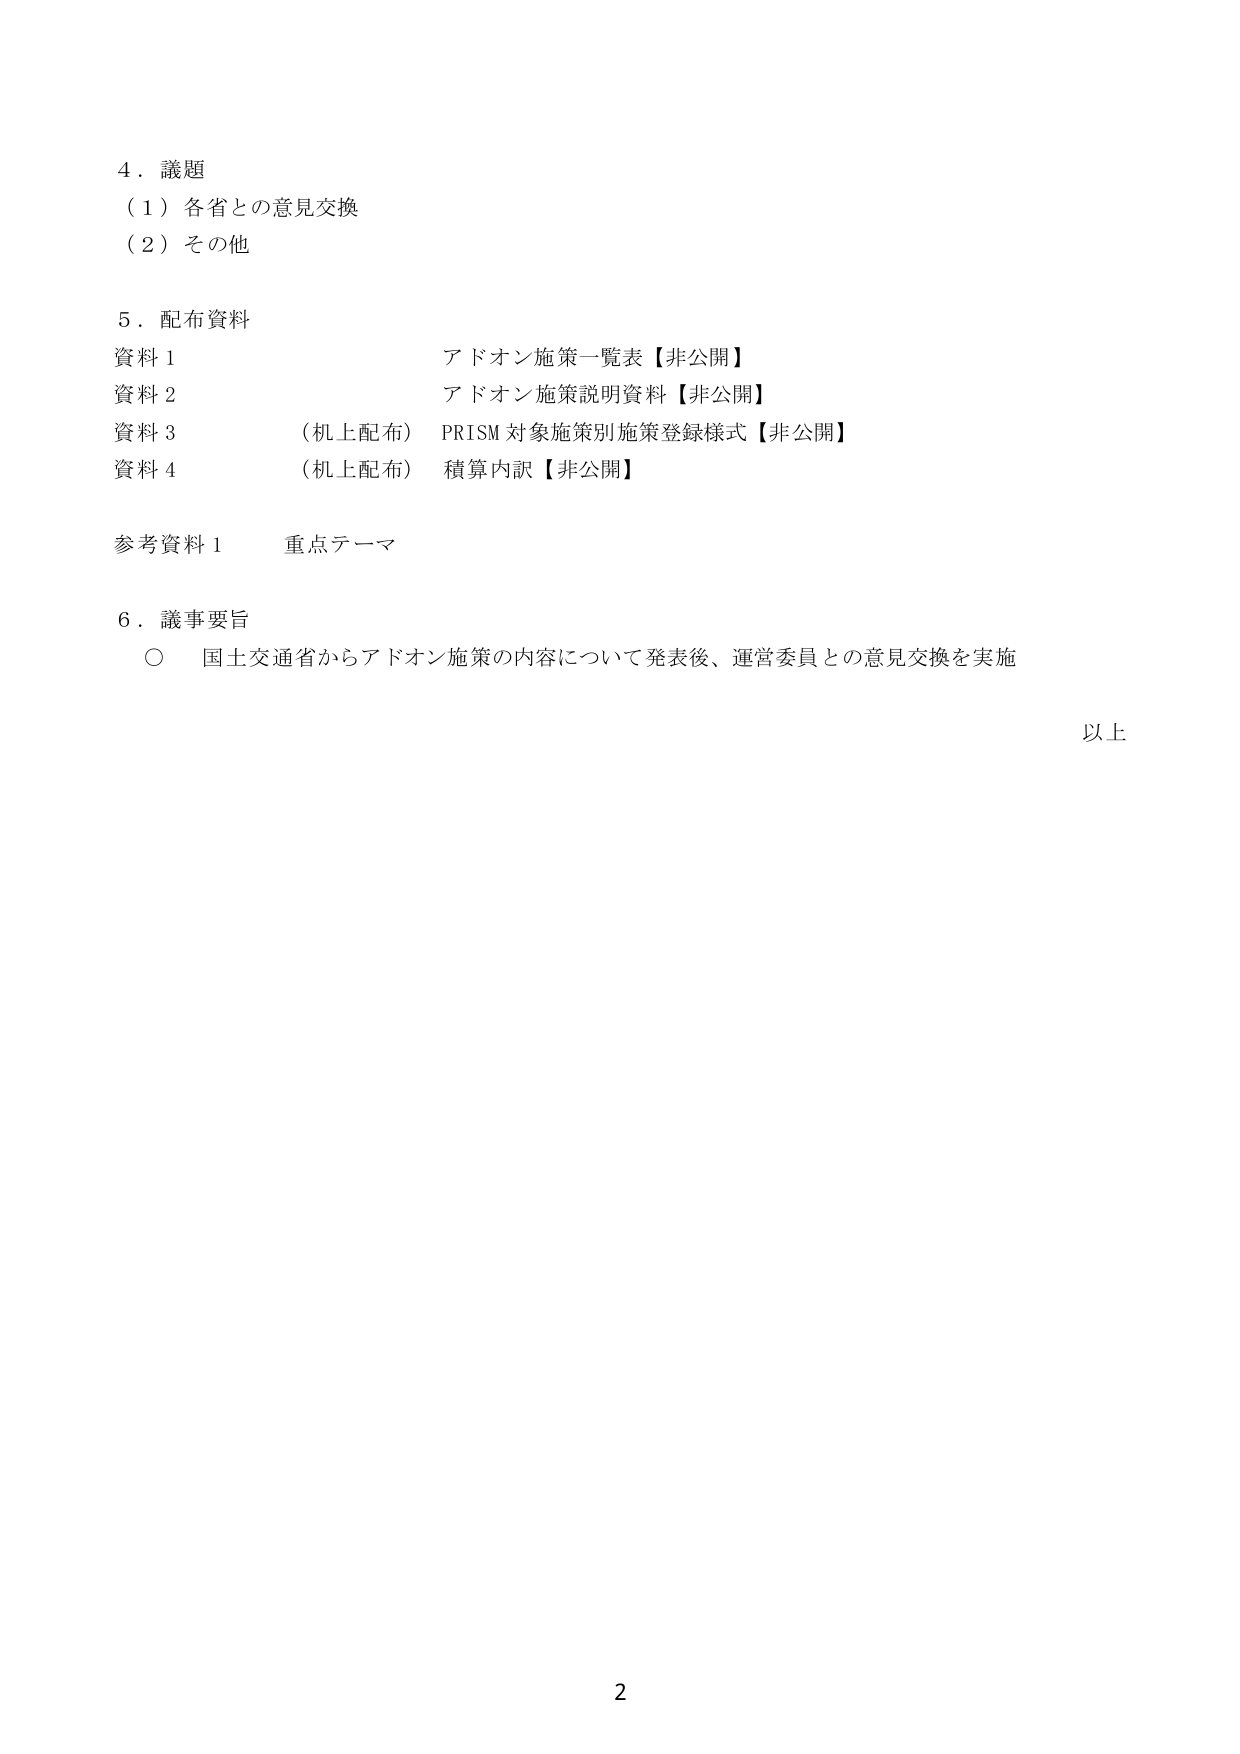
4．議題
（1）各省との意見交換
（2）その他

5．配布資料
資料1 アドオン施策一覧表【非公開】
資料2 アドオン施策説明資料【非公開】
資料3 （机上配布）PRISM 対象施策別施策登録様式【非公開】
資料4 （机上配布）積算内訳【非公開】

参考資料1 重点テーマ

6．議事要旨
○ 国土交通省からアドオン施策の内容について発表後、運営委員との意見交換を実施

以上

2